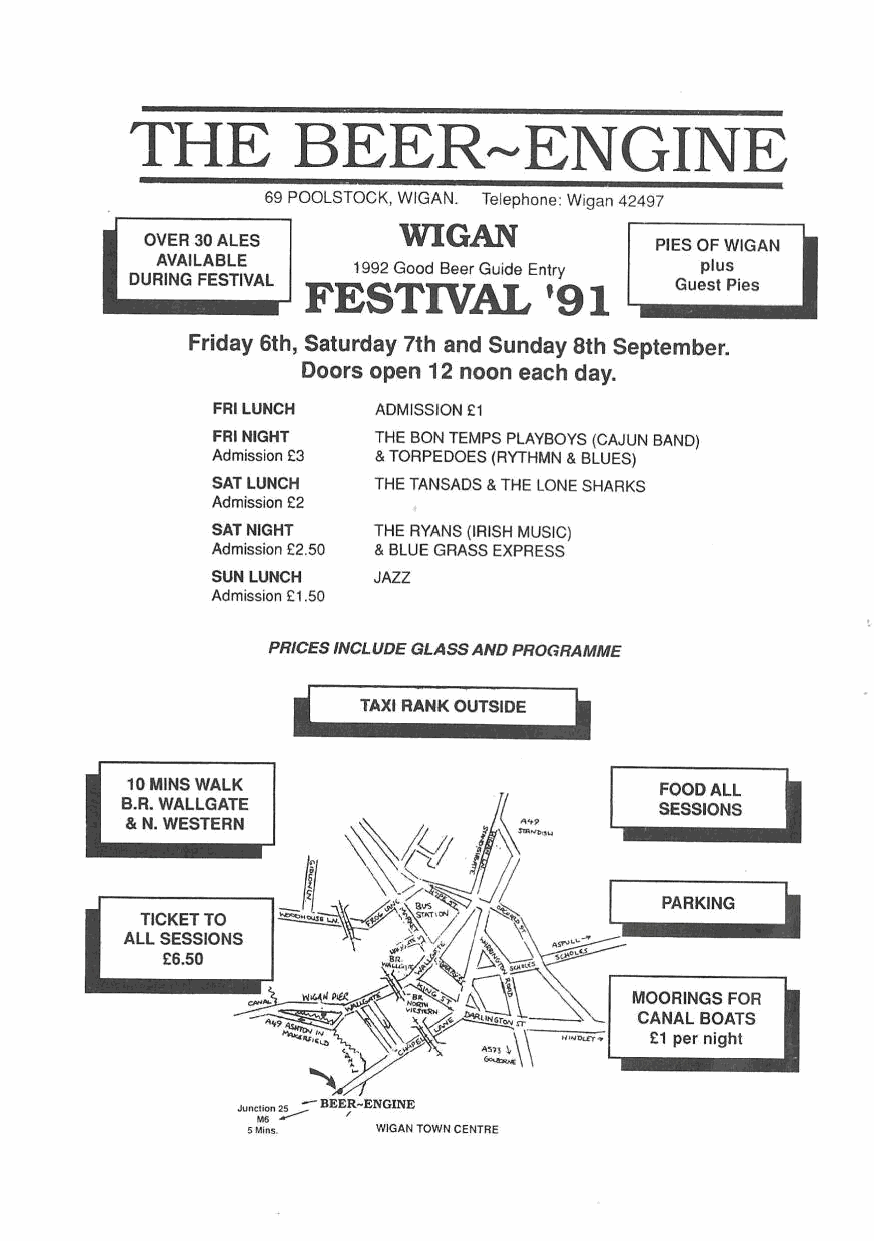
T HE      BEER~        ENGIN!
 )
 69 POOLSTOCK, WIGAN. _ Telephone: Wigan 4 2497
 OVER 30 ALES   WIGAN             PIES OF WIGAN
 AVAILABLE    1992 Good Beer Guide Entry plus
 DURING FESTIVAL FESTIVAL   '9 |     Guest Pies
 Friday 6th, Saturday 7th and Sunday 8th September.
 Doors open 12 noon each day.
 FRI LUNCH  ADMISSION £1
 FRI NIGHT  THE BON TEMPS PLAYBOYS (CAJUN BAND)
 Admission £3 & TORPEDOES (RYTHMN & BLUES)
 SAT LUNCH  THE TANSADS & THE LONE SHARKS
 Admission £2
 SAT NIGHT  THE RYANS (IRISH MUSIC)
 Admission £2.50 & BLUE GRASS EXPRESS
 SUN LUNCH  JAZZ
 Admission £1.50
 PRICES INCLUDE GLASS AND PROGRAMME
 E    TAXI RANK OUTSIDE i
 10 MINS WALK                        FOOD ALL
 B.R. WALLGATE                       SESSIONS
 & N. WESTERN
 PARKING i
 TICKET TO
 ALL SESSIONS
 £6.50
 MOORINGS FOR
 CANAL BOATS
 £1 per night
 Junction 25 -— BEER 7~ENGINE
 M6
 5 Mins.  WIGAN TOWN CENTRE